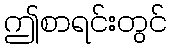
ဤစာရင်းတွင်